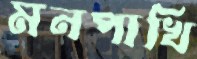
মনপাখি